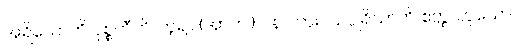
အရိယောတိ ဝုစ္စတီတိ၊ ဟူ၍။ (အာဟ၊) ပန၊ ကား။ သပ္ပုရိသာတိ ဧတ္ထ၊ ဟူသော